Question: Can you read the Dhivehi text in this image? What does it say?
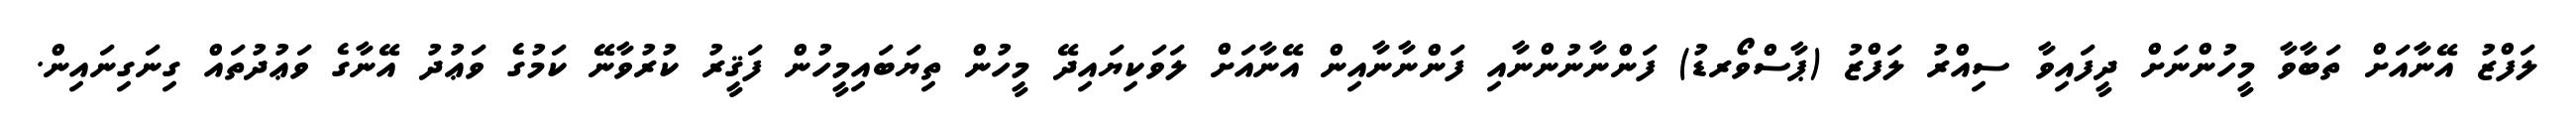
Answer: ލަފްޒު އޭނާއަށް ތަބާވާ މީހުންނަށް ދީފައިވާ ސިއްރު ލަފްޒު (ޕާސްވޯރޑު) ފަންނާނުންނާއި ފަންނާނާއިން އޭނާއަށް ލަވަކިޔައިދޭ މީހުން ތިޔަބައިމީހުން ފަޤީރު ކުރުވާނޭ ކަމުގެ ވަޢުދު އޭނާގެ ވަޢުދުތައް ގިނަގިނައިން.